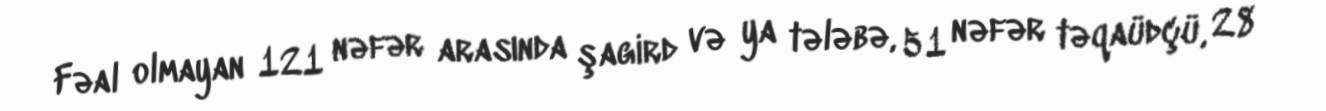
Fəal olmayan 121 nəfər arasında şagird və ya tələbə, 51 nəfər təqaüdçü, 28